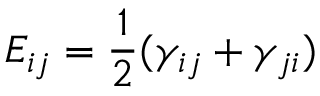
E _ { i j } = \frac { 1 } { 2 } ( \gamma _ { i j } + \gamma _ { j i } )